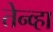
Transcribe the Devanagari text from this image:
तेन्व्हा